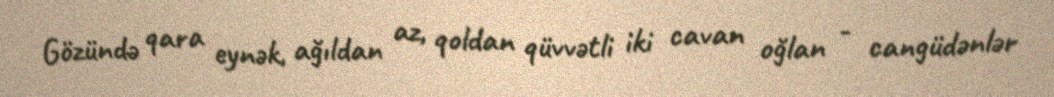
Gözündə qara eynək, ağıldan az, qoldan qüvvətli iki cavan oğlan - cangüdənlər